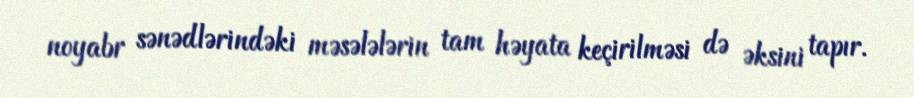
noyabr sənədlərindəki məsələlərin tam həyata keçirilməsi də əksini tapır.